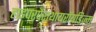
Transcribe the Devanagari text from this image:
हाइपरपैराथायरॉयडिज्म